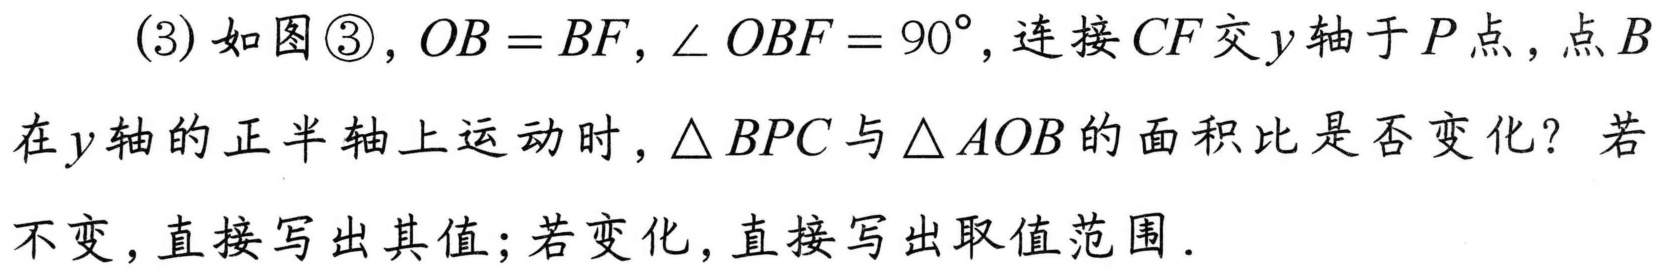
(3) 如图\textcircled{3}，\(OB = BF\)，\(\angle OBF = 90^{\circ}\)，连接 \(CF\) 交 \(y\) 轴于 \(P\) 点，点 \(B\) 在 \(y\) 轴的正半轴上运动时，\(\triangle BPC\) 与 \(\triangle AOB\) 的面积比是否变化？若不变，直接写出其值；若变化，直接写出取值范围．